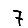
Digit: 7